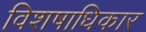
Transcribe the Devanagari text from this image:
विशषाधिकार